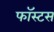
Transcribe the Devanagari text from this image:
फॉस्टस